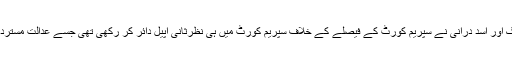
مرزا اسلم بیگ اور اسد درانی نے سپریم کورٹ کے فیصلے کے خلاف سپریم کورٹ میں ہی نظرثانی اپیل دائر کر رکھی تھی جسے عدالت مسترد کرچکی ہے۔